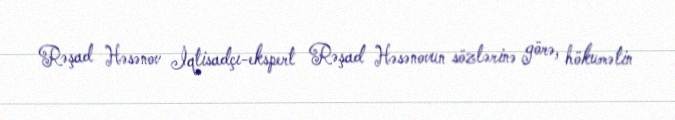
Rəşad Həsənov İqtisadçı-ekspert Rəşad Həsənovun sözlərinə görə, hökumətin